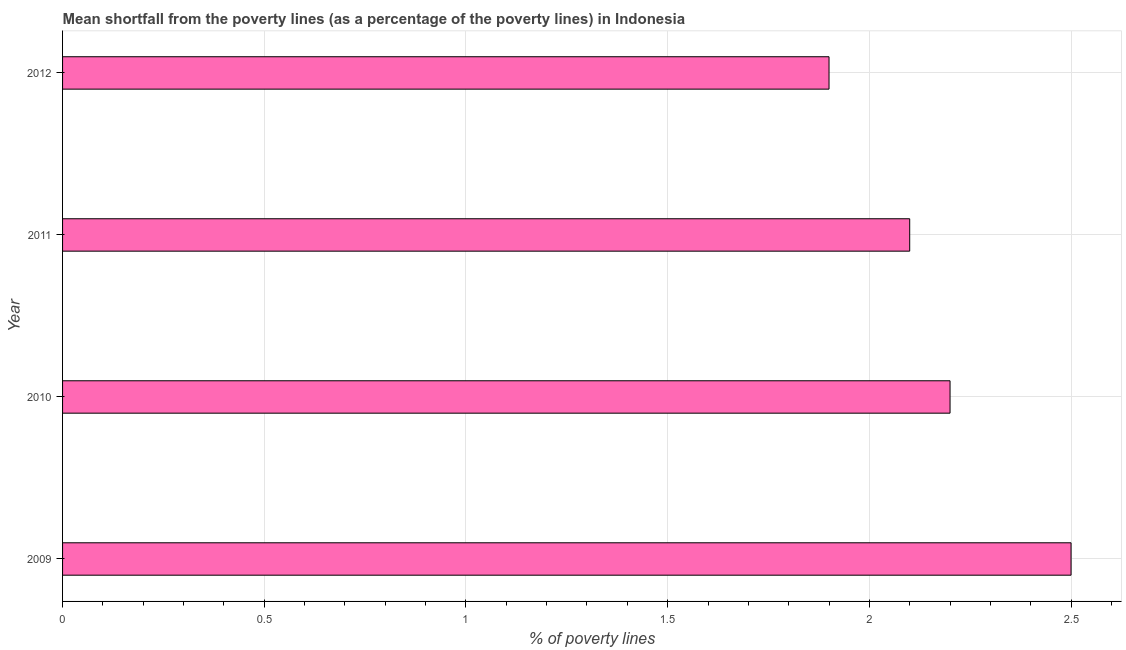
| Year | Poverty gap at national poverty lines |
 | --- | --- |
 | 2009 | 2.5 |
 | 2010 | 2.2 |
 | 2011 | 2.1 |
 | 2012 | 1.9 |